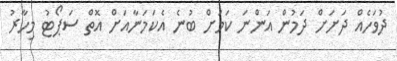
ދުވަހެއް ދަށަށް ދަމުން އަންނަ ކަމަށް ބުނެ އެކަމަނާއަށް އޮތް ސަޕޯޓު މިހާރު